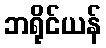
ဘရိုင်ယန်